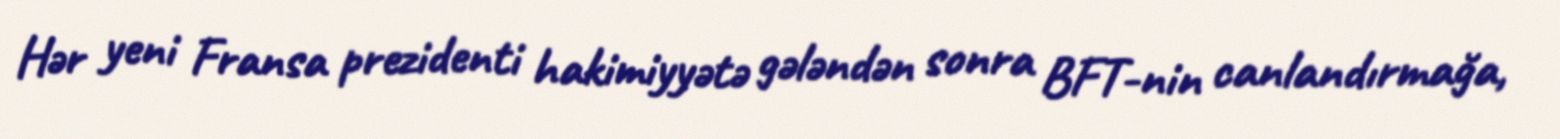
Hər yeni Fransa prezidenti hakimiyyətə gələndən sonra BFT-nin canlandırmağa,